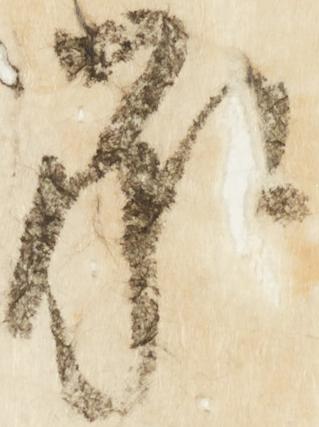
承